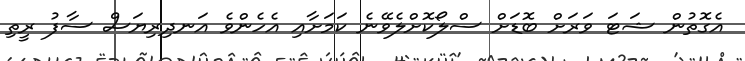
އެގޮތުުން ޝަޓަ ވަރަށް ބޮޑަށް ސްލޯކޮށްލެވޭނެ ކަމަށާއި އެހެންވެ އަނދިރިޔަސް ސާފު ރީތި